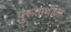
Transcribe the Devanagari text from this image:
पुरूतार्थीला